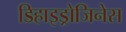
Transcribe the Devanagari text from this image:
डिहाइड्रोजिनेस